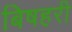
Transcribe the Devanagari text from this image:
बिषहरी